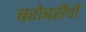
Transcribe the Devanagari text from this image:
बरोबरीची